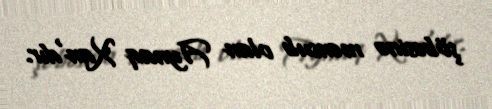
şöbəsinə mənsub olan Aynaq Xan'dır.